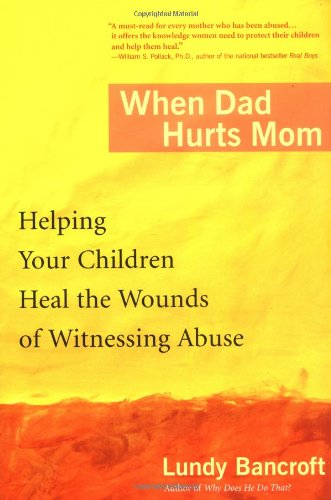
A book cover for When Dad Hurts Mom: Helping Your Children Heal the Wounds of Witnessing Abuse; Lundy Bancroft; Parenting & Relationships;